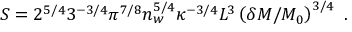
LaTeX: S = 2 ^ { 5 / 4 } 3 ^ { - 3 / 4 } \pi ^ { 7 / 8 } n _ { w } ^ { 5 / 4 } \kappa ^ { - 3 / 4 } L ^ { 3 } \left( \delta M / M _ { 0 } \right) ^ { 3 / 4 } \ .